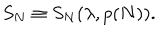
S _ { N } \equiv S _ { N } ( \lambda , p ( N ) ) .